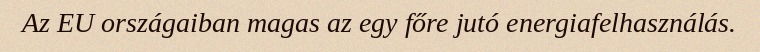
Az EU országaiban magas az egy főre jutó energiafelhasználás.